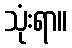
သုံးရာ။